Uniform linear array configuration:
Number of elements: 4
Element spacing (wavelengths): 1
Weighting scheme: hamming
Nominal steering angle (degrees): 45
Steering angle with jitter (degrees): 43.894
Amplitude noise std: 0.05
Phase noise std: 0.05

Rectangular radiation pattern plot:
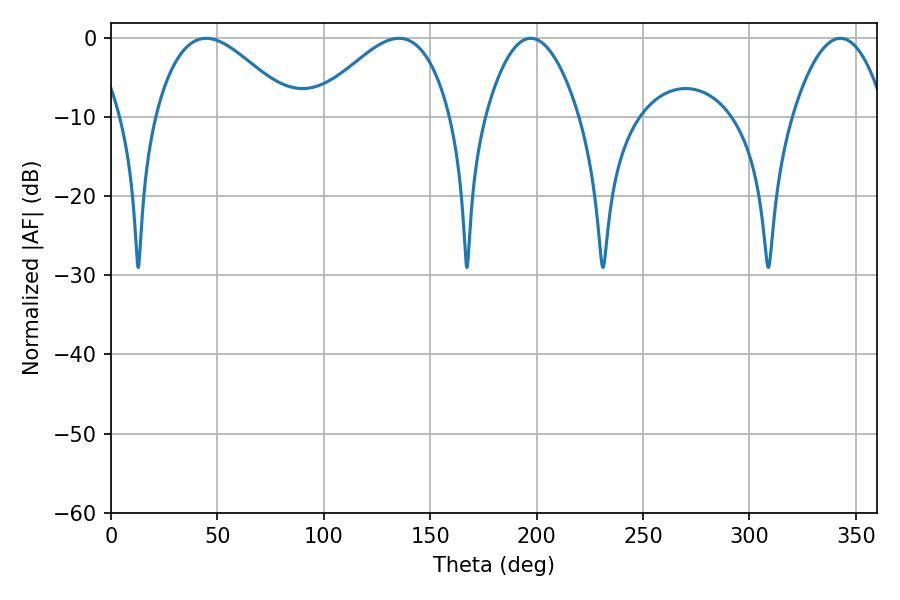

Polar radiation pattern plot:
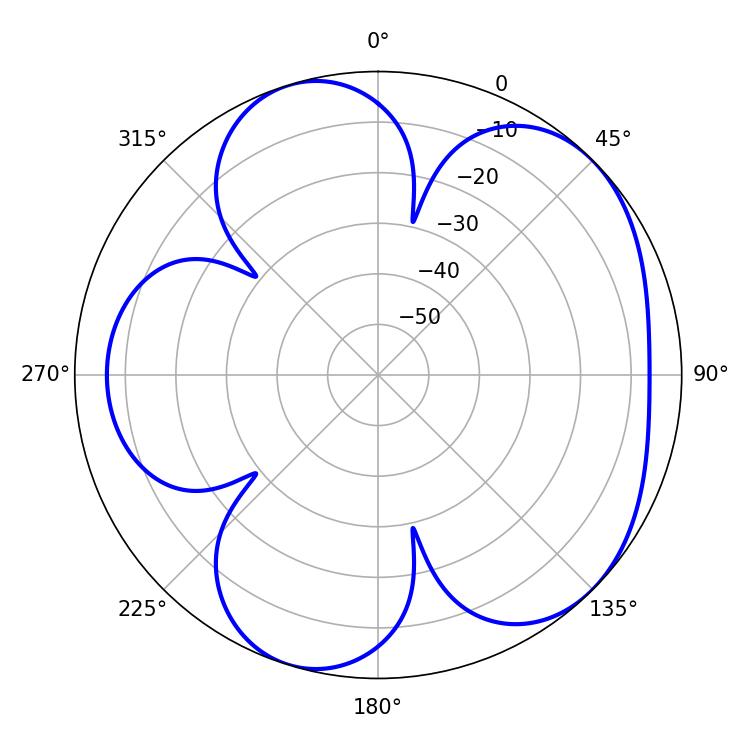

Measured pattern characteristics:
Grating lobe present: TRUE
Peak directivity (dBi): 5.313
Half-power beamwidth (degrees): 24.12
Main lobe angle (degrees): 197.28